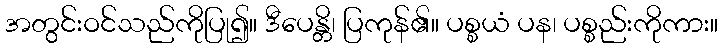
အတွင်းဝင်သည်ကိုပြု၍။ ဒီပေန္တိ၊ ပြကုန်၏။ ပစ္စယံ ပန၊ ပစ္စည်းကိုကား။